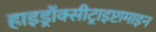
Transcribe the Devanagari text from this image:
हाइड्रॉक्सीट्राइप्टामाइन